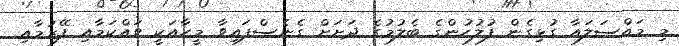
މި މައްސަލައާ ގުޅިގެން ފުލުހުންގެ ބެލުމުގެ ދަށަށް ގެނެސްފައިވާ މީހާއަކީ ވައްކަމާއި ފޭރުމާއި